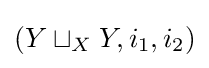
(Y\sqcup _{X}Y,i_{1},i_{2})